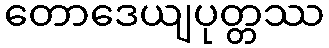
တောဒေယျပုတ္တဿ